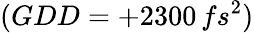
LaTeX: (GDD=+2300\, fs^{2})